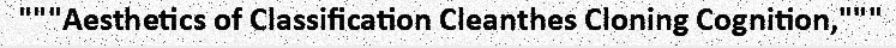
"""Aesthetics of Classification Cleanthes Cloning Cognition,"""